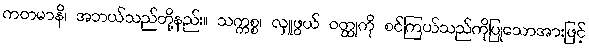
ကတမာနိ၊ အဘယ်သည်တို့နည်း။ သက္ကစ္စ၊ လှူဖွယ် ဝတ္ထုကို စင်ကြယ်သည်ကိုပြုသောအားဖြင့်